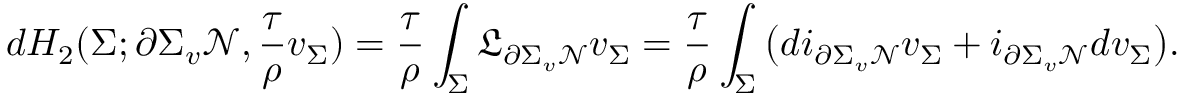
d H _ { 2 } ( \Sigma ; \partial \Sigma _ { v } \mathcal { N } , \frac { \tau } { \rho } v _ { \Sigma } ) = \frac { \tau } { \rho } \int _ { \Sigma } \mathfrak { L } _ { \partial \Sigma _ { v } \mathcal { N } } v _ { \Sigma } = \frac { \tau } { \rho } \int _ { \Sigma } \big ( d i _ { \partial \Sigma _ { v } \mathcal { N } } v _ { \Sigma } + i _ { \partial \Sigma _ { v } \mathcal { N } } d v _ { \Sigma } \big ) .